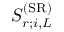
{ S } _ { r ; i , L } ^ { ( \mathrm { S R } ) }